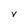
Character: v